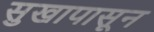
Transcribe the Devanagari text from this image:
सुखापासून